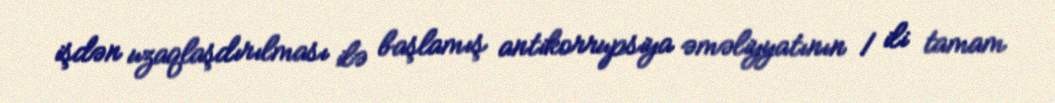
işdən uzaqlaşdırılması ilə başlamış antikorrupsiya əməliyyatının 1 ili tamam